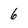
Character: 6